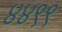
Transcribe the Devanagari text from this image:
४४९९